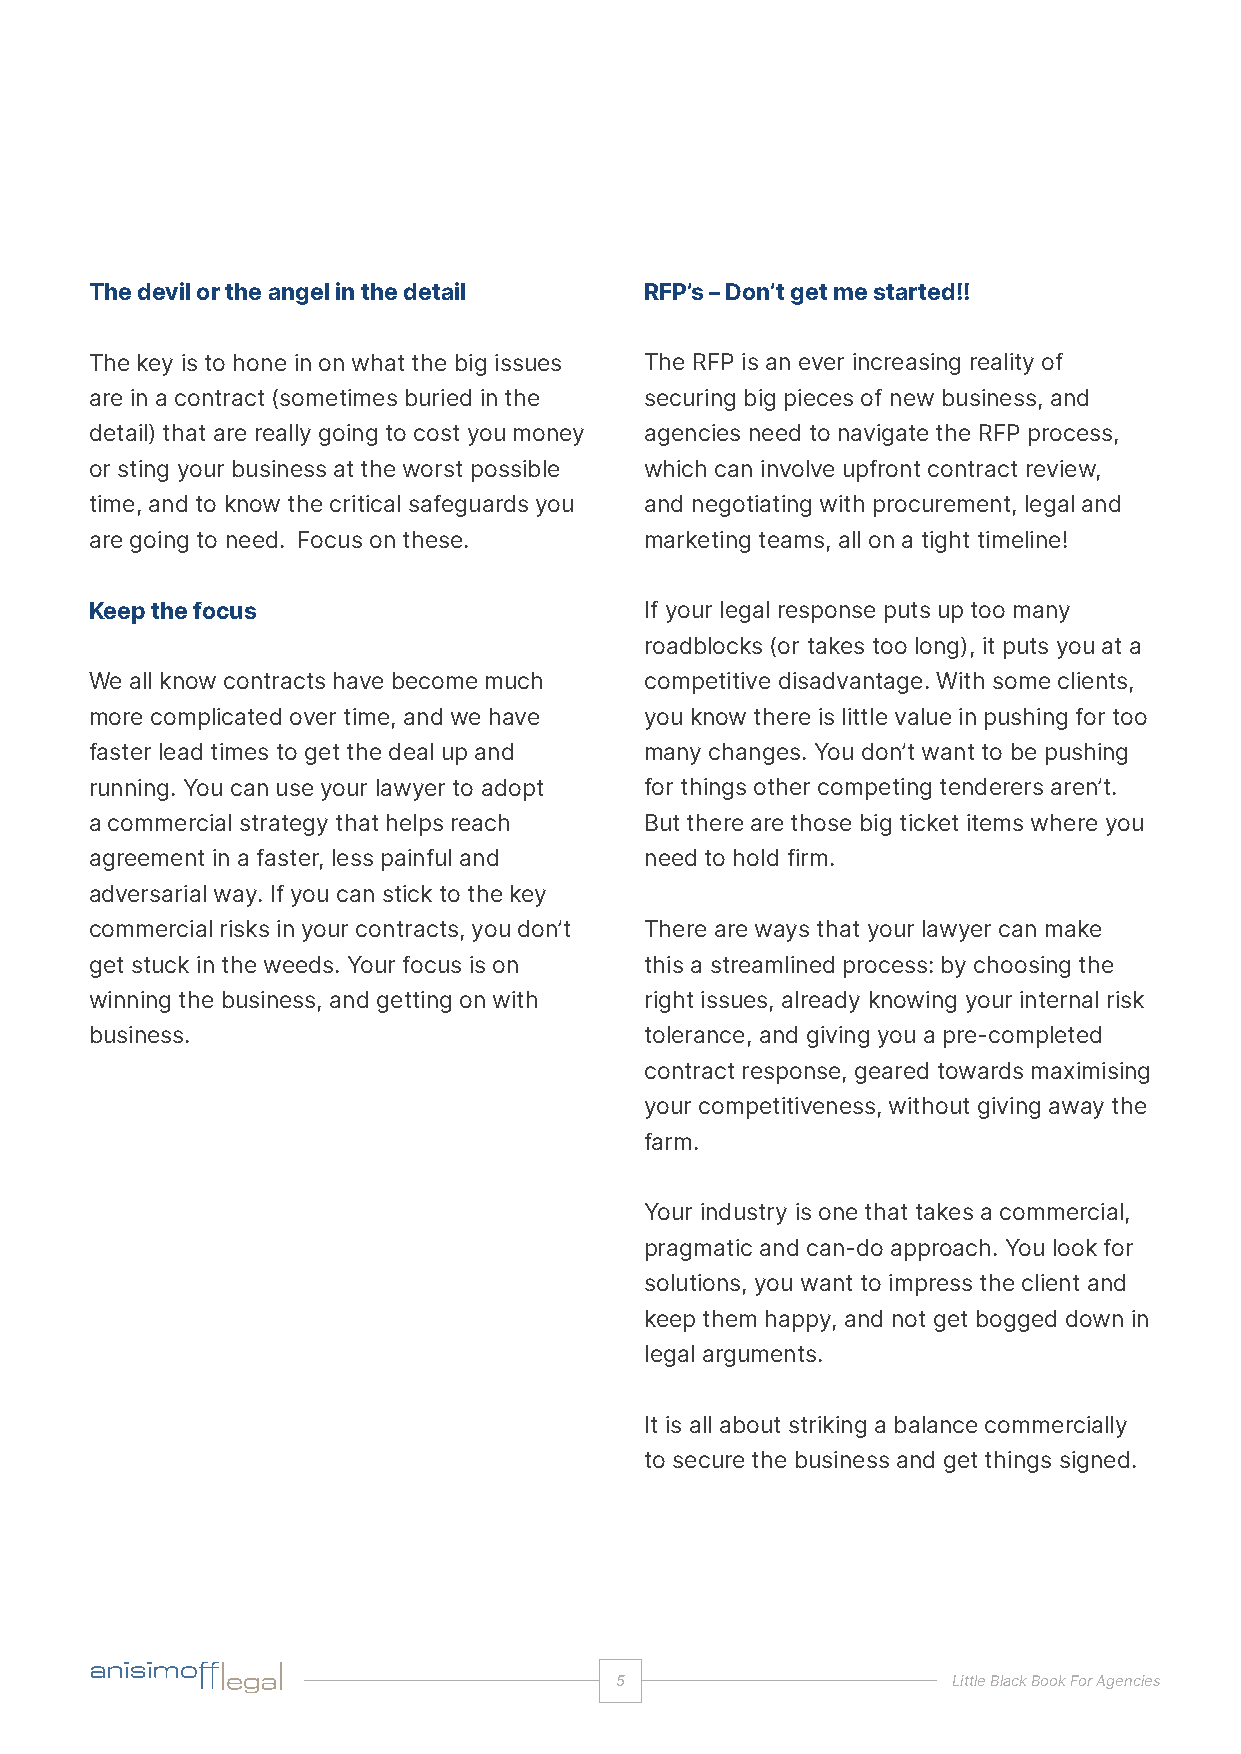
The devil or the angel in the detail RFP’s – Don’t get me started!!
 The key is to hone in on what the big issues The RFP is an ever increasing reality of
 are in a contract (sometimes buried in the securing big pieces of new business, and
 detail) that are really going to cost you money agencies need to navigate the RFP process,
 or sting your business at the worst possible which can involve upfront contract review,
 time, and to know the critical safeguards you and negotiating with procurement, legal and
 are going to need. Focus on these.   marketing teams, all on a tight timeline!
 Keep the focus                       If your legal response puts up too many
 roadblocks (or takes too long), it puts you at a
 We all know contracts have become much competitive disadvantage. With some clients,
 more complicated over time, and we have you know there is little value in pushing for too
 faster lead times to get the deal up and many changes. You don’t want to be pushing
 running. You can use your lawyer to adopt for things other competing tenderers aren’t.
 a commercial strategy that helps reach But there are those big ticket items where you
 agreement in a faster, less painful and need to hold firm.
 adversarial way. If you can stick to the key
 commercial risks in your contracts, you don’t There are ways that your lawyer can make
 get stuck in the weeds. Your focus is on this a streamlined process: by choosing the
 winning the business, and getting on with right issues, already knowing your internal risk
 business.                            tolerance, and giving you a pre-completed
 contract response, geared towards maximising
 your competitiveness, without giving away the
 farm.
 Your industry is one that takes a commercial,
 pragmatic and can-do approach. You look for
 solutions, you want to impress the client and
 keep them happy, and not get bogged down in
 legal arguments.
 It is all about striking a balance commercially
 to secure the business and get things signed.
 5                     Little Black Book For Agencies
 commercial | advertising | media | IP